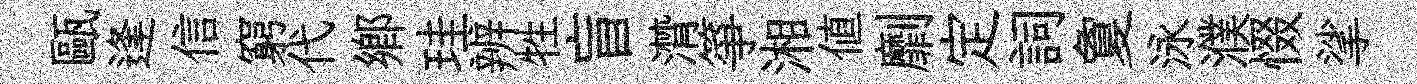
甌逢信窮代鄕珪辨牲盲潸箏湘值劘定詞夐泳濮惙挲